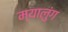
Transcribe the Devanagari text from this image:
म्यालुंग